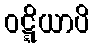
ဝဋ္ဋိယာပိ